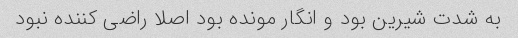
به شدت شیرین بود و انگار مونده بود اصلا راضی کننده نبود